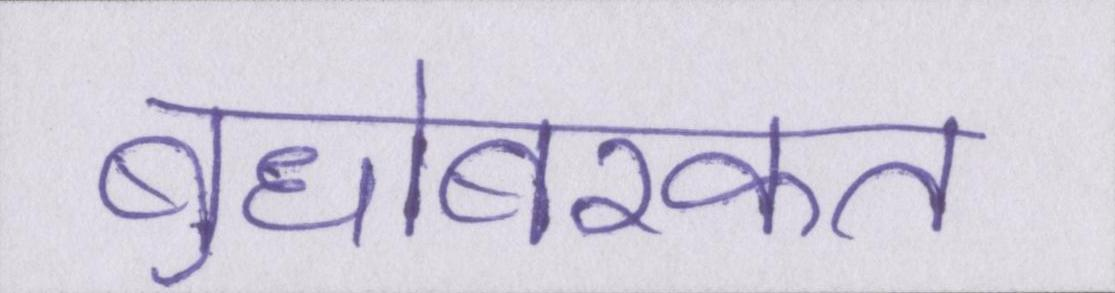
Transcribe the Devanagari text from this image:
बुधोबरकत